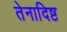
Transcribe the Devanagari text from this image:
तेनादिष्ट